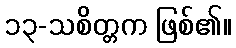
၁၃-သစိတ္တက ဖြစ်၏။